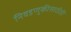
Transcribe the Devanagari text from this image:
निवडणुकीसाठीही